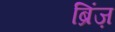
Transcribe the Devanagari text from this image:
ब्रिंज़